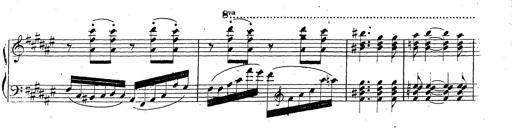
Title: Canzone Napolitana
Composer: Franz Liszt